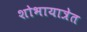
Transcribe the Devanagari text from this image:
शोभायात्रेत